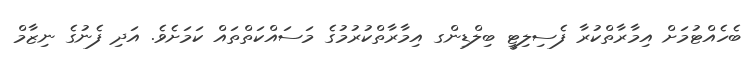
ބެހެއްޓުމަށް އިމާރާތްކުރާ ފެސިލިޓީ ބިލްޑިންގ އިމާރާތްކުރުމުގެ މަސައްކަތްތައް ކަމަށެވެ. އަދި ފެނުގެ ނިޒާމް